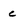
Character: c